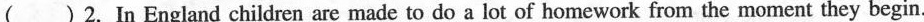
() 2.In England children are made to do a lot of homework from the moment they begin.